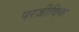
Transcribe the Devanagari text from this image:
परजीविक